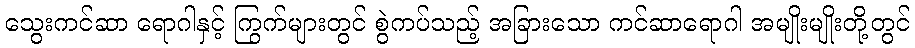
သွေးကင်ဆာ ရောဂါနှင့် ကြွက်များတွင် စွဲကပ်သည့် အခြားသော ကင်ဆာရောဂါ အမျိုးမျိုးတို့တွင်